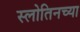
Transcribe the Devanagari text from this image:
स्लोतिनच्या